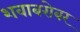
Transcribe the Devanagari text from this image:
शवाबरोबर